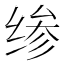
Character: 𰬪